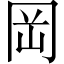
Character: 岡